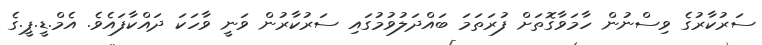
ސަރުކާރުގެ ވިސްނުން ހާމަވާގޮތަށް ފުރަތަމަ ބައްދަލުވުމުގައި ސަރުކާރުން ވަނީ ވާހަކަ ދައްކާފައެވެ. އެމް.ޑީ.ޕީ.ގެ